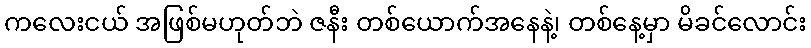
ကလေးငယ် အဖြစ်မဟုတ်ဘဲ ဇနီး တစ်ယောက်အနေနဲ့၊ တစ်နေ့မှာ မိခင်လောင်း